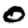
Digit: 0